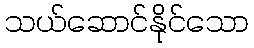
သယ်ဆောင်နိုင်သော